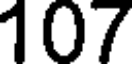
107